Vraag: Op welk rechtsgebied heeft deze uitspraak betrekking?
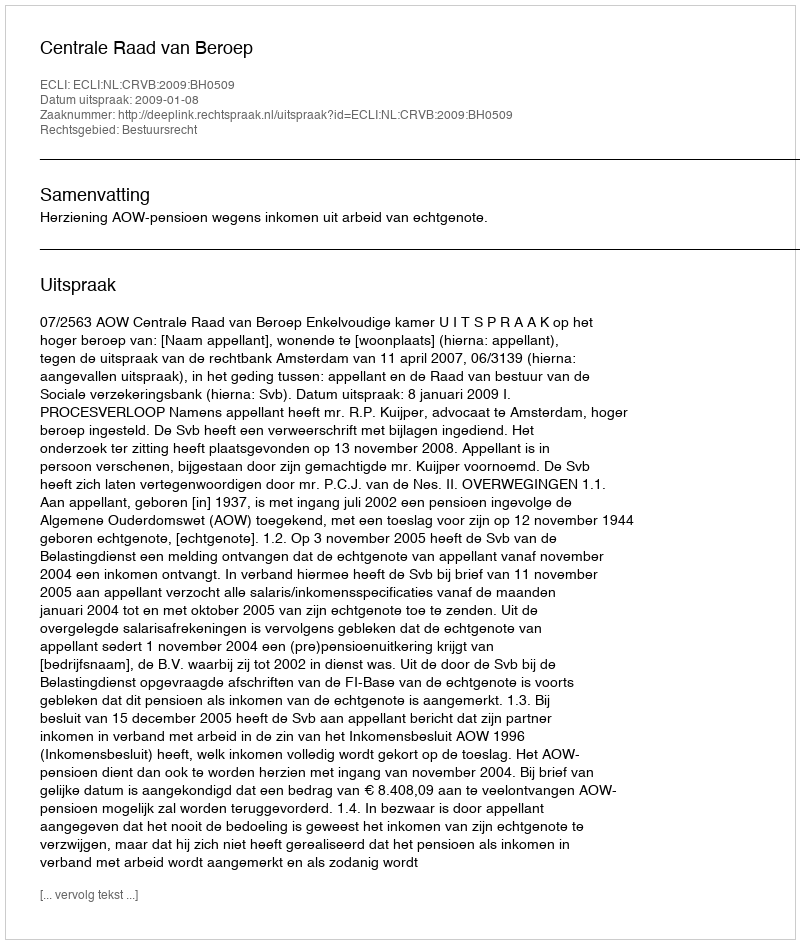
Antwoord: Bestuursrecht